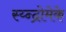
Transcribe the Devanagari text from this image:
स्य्न्द्रोमेके